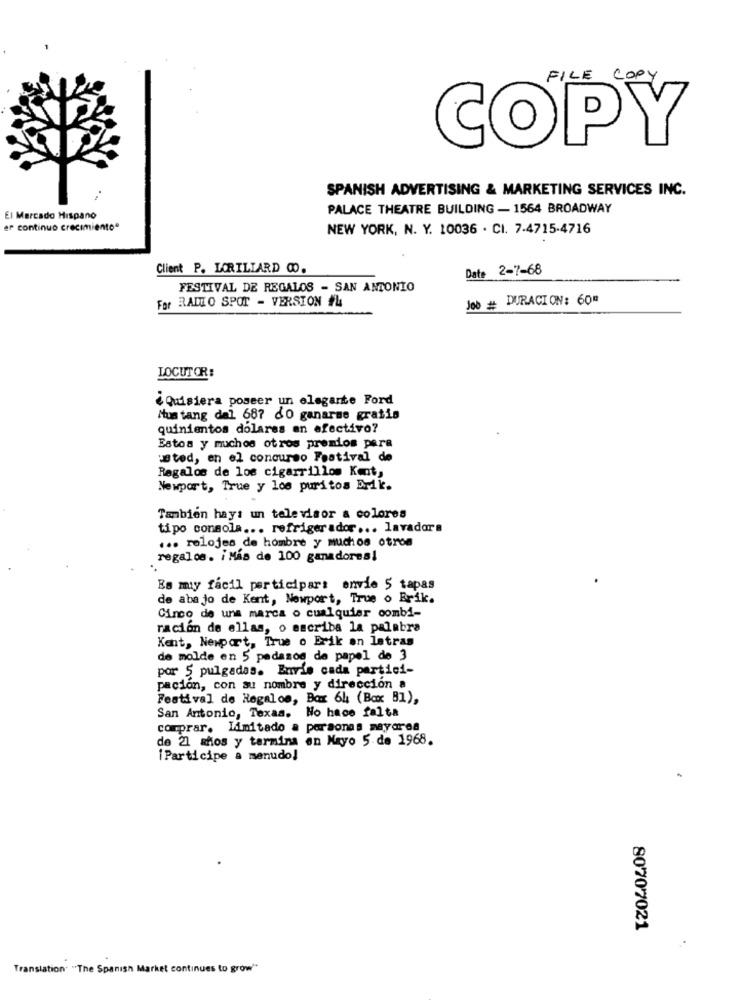
FILE COPY
COPY
SPANISH ADVERTISING & MARKETING SERVICES INC.
PALACE THEATRE BUILDING - 1564 BROADWAY
El Mercado Hispano
er continuo crecimiento"
NEW YORK, N. Y. 10036 . CI. 7.4715-4716
Client P. LORILLARD 00.
Date 2-7-68
FESTIVAL DE REGALOS - SAN ANTONIO
For RADIO SPOT - VERSION #4
Job # DURACION: 60#
LOCUTOR :
¿Quisiera poseer un elegante Ford
Mustang dal 687 60 ganarme gratis
quinientos dolares en efectivo?
Estos y muchos otros premios para
usted, en el concurso Festival de
Regalos de los cigarrillos Kent,
Newport, True y los puritos Erik.
Tambien hay: un televisor a colores
tipo consola ... refrigerador ... lavadora
... relojes de hombre y muchos otros
regalos. i Más de 100 ganadores!
Es muy facil participar: envie 5 tapas
de abajo de Kent, Newport, True o Erik.
Cinco de una marca o cualquier combi-
ración de ellas, o escriba la palabra
Kent, Newport, True o Erik on Letras
de molde en 5 pedazos de papel de 3
por 5 pulgadas. Envie cada partici-
pacion, con su nombre y direccion a
Festival de Regalos, Bax 64 (Baxx B1),
San Antonio, Texas. No hace falta
comprar. Limitado a personas mayores
de 21 años y termina en Mayo 5 de 1968.
iParticipe a menudo!
80707021
Translation "The Spanish Market continues to grow"